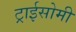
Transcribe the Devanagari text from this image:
ट्राईसोमी